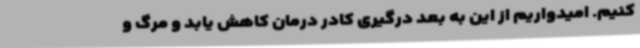
کنیم. امیدواریم از این به بعد درگیری کادر درمان کاهش یابد و مرگ و